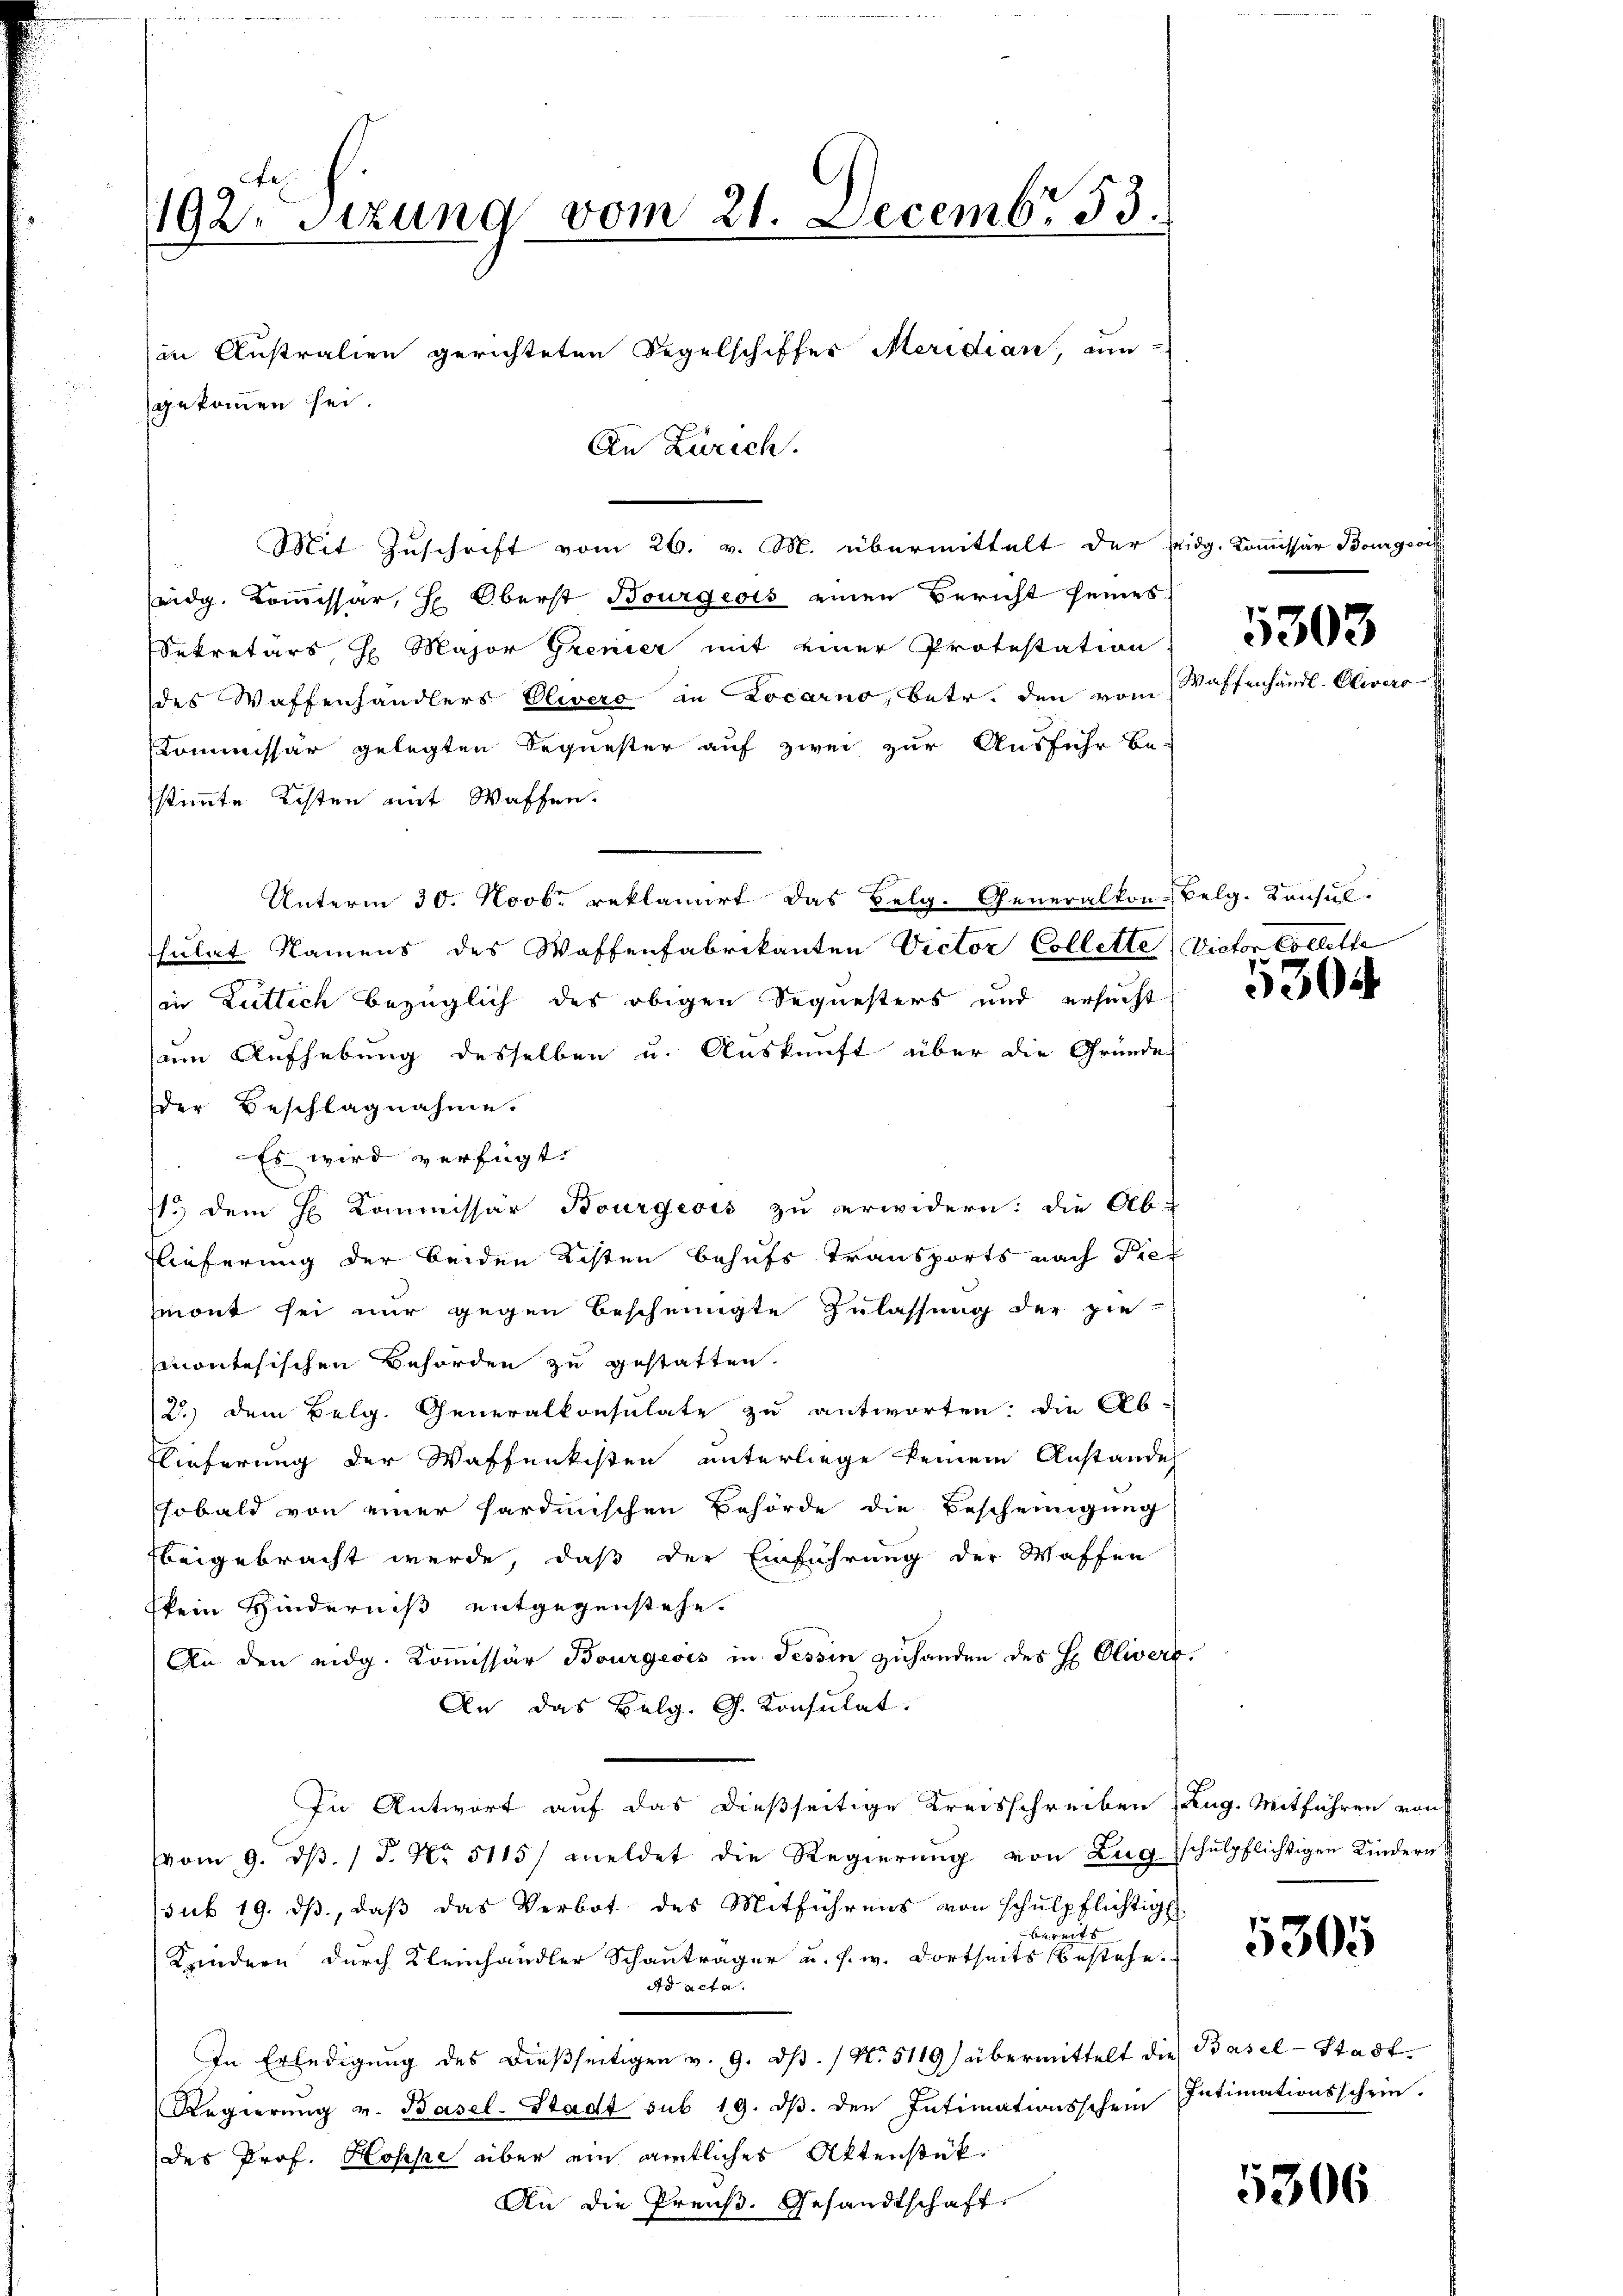
192. Sitzung vom 21. Decembr 33.
in Australien gerichteten Regelschiffer Meridian, nun-
gekommen sei.
An Zürich.

Mit Zuschrift vom 26. v. M. übermittelt der Zeidg. Kommissär Bourger
seidg. Kommissär, H. Oberst Bourgeois einen Bericht seines
Sekretärs, H. Major Grenier mit einer Protestation
.
des Waffenhändlers Olivero in Locarno, betr. den vom
Kommissär gelegten Sequester auf zwei zur Ausfuhr be-
stimmte Kosten mit Waffen.
Unterm 30. Novbr reklamirt das Belg. Generalkon-Belg. Konsul-
sulat Namens des Waffenfabrikanten Victor Collette Victor Collette
in Luttich bezüglich des obigen Sequesters und ersucht
zum Aufhebung desselben u. Auskunft über die Gründe
der Beschlagnahme.
Es wird verfügt:
1.) Dem H Kommissär Bourgeois zu erwidern: die Ab-
Flieferung der beiden Kosten behufs Transports nach diemont sei nur gegen bescheinigte Zulassung der pie-
montesischen Behörden zu gestatten.
2) dem Belg. Generalkonsulate zu antworten; die Ab-
Wieferung der Waffenkisten unterliege keinem Anstande
sobald von einer sardinischen Behörde die Bescheinigung
beigebracht werde, daß der Einführung der Waffen
kein Hinderniß entgegenstehe.
An den eidg. Kommissär Bourgeois in Tessin zuhanden des H. Olivere.
An das Belg. G. Konsulat.
In Antwort auf das dießseitige Kreisschreiben (Zug. Mitführen von
vom 9. dβ. J. No. 5115/ meldet die Regierŭng von Zug schŭlpflichtigen Kindern
sub 19. ds., daß das Verbot des Mitführens von Schulpflichtig
bereits
Kindern durch Kleinhändler Schanträger u. s. w. dortseits bestehe.
Ad acta.
In Erledigung des dießseitigen v. 9. dβ. / No. 5119) übermittelt die Basel-Stadt¬
Regierung v. Basel-Stadt sub 19. dβ. den Intimationsschein
des Prof. Hospe über ein amtliches Aktenstük¬
An die Preuß. Gesandtschaft.

aff

5303

530

5305

Intimationsschein.

5306